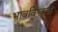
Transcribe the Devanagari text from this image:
भावविश्वच